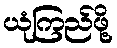
ယုံကြည်ဖို့